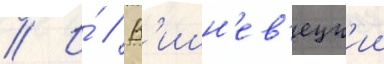
// И́ // В'ишн'ев'ецк'ии